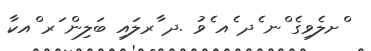
ްށލެވިގެ ްނ ެދ ެއ ެވު .ދ ާރލައި ބަލިން ަރ ްއކާ